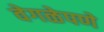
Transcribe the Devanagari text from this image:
वेगळेपणे